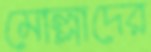
মোল্লাদের